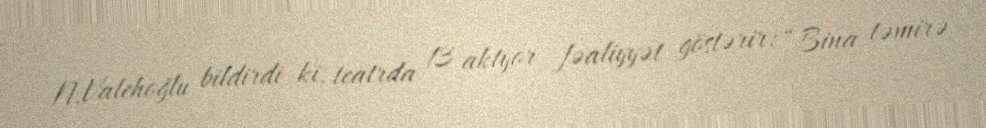
N.Valehoğlu bildirdi ki, teatrda 13 aktyor fəaliyyət göstərir: “Bina təmirə